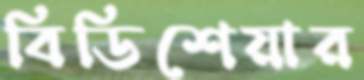
বিডিশেয়ার